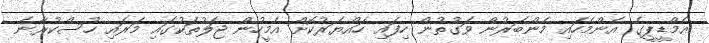
އެމްޑީޕީގެ އެންމެހައި މެންބަރުން ވަގުތުން ހިފައި ހައްޔަރުކޮށް އެމީހުން ޖަލުތަކުގައި މަރައި ހުސްކުރާނެ